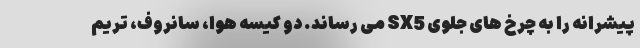
پیشرانه را به چرخ های جلوی SX5 می رساند. دو کیسه هوا، سانروف، تریم